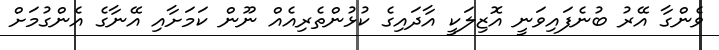
ވެންގާ އޭރު ބުނެފައިވަނީ އޮޒިލަކީ އާދައިގެ ކުޅުންތެރިއެއް ނޫން ކަމަށާއި އޭނާގެ އެންގުމަށް